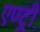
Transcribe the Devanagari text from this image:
एण्ट्री